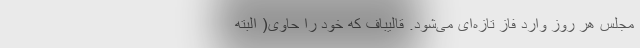
مجلس هر روز وارد فاز تازه‌ای می‌شود. قالیباف که خود را حاوی( البته